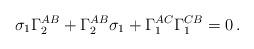
LaTeX: \begin{align*} \sigma_1\Gamma_2^{AB} + \Gamma_2^{AB}\sigma_1 + \Gamma_1^{AC}\Gamma_1^{CB} = 0\,.\end{align*}